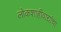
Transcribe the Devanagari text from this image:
लोकशाहीवाद्यांचा